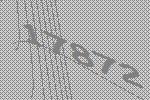
17872